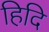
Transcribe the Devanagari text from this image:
हिदि